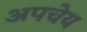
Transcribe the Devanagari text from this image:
अपचेय